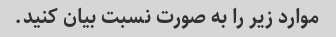
موارد زیر را به صورت نسبت بیان کنید.